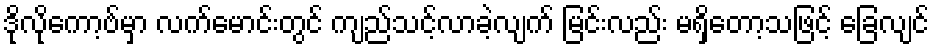
ဒိုလိုကော့ဗ်မှာ လက်မောင်းတွင် ကျည်သင့်လာခဲ့လျက် မြင်းလည်း မရှိတော့သဖြင့် ခြေလျင်